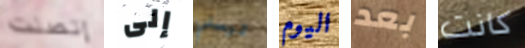
إتصلت إلى ترسلي اليوم بعد كانت